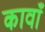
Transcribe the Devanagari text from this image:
कावाँ